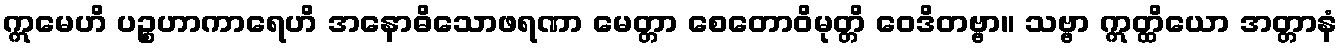
ဣမေဟိ ပဉ္စဟာကာရေဟိ အနောဓိသောဖရဏာ မေတ္တာ စေတောဝိမုတ္တိ ဝေဒိတဗ္ဗာ။ သဗ္ဗာ ဣတ္ထိယော အတ္တာနံ